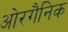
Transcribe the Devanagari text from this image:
ओरगैनिक